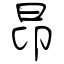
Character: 昂